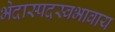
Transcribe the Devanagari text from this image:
भेदास्पदस्वभावाय